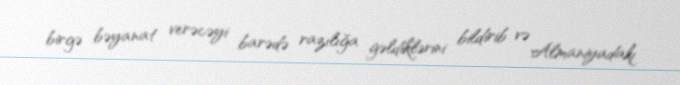
birgə bəyanat verəcəyi barədə razılığa gəldiklərini bildirib və Almaniyadakı